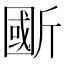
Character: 𣂽